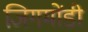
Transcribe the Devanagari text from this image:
जिगमोंडी